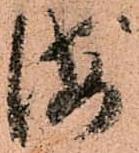
海